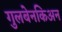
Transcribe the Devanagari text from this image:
गुलबेनकिअन